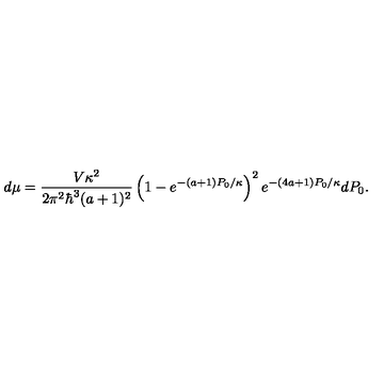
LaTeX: d \mu = \frac { V \kappa ^ { 2 } } { 2 \pi ^ { 2 } \hbar ^ { 3 } ( a + 1 ) ^ { 2 } } \left( 1 - e ^ { - ( a + 1 ) P _ { 0 } / \kappa } \right) ^ { 2 } e ^ { - ( 4 a + 1 ) P _ { 0 } / \kappa } d P _ { 0 } .